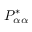
P _ { \alpha \alpha } ^ { * }